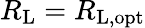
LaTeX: R_{\mathrm{L}}=R_{\mathrm{L,opt}}